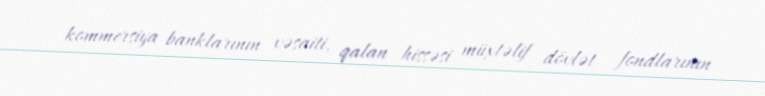
kommersiya banklarının vəsaiti, qalan hissəsi müxtəlif dövlət fondlarının